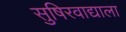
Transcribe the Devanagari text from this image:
सुषिरवाद्याला